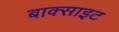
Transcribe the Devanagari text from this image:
बाक्‍साइट